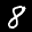
Label: 8